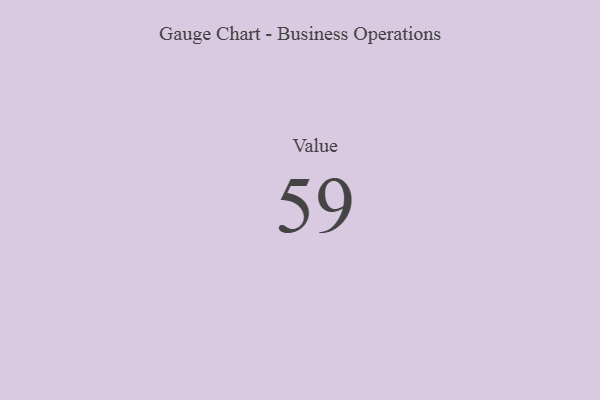
{"axis": {"x": "Metric", "y": "Value"}, "legend": [""], "data": [{"x": "Value", "y": 59, "type": ""}]}